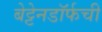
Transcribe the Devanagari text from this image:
बेट्टेनडॉर्फची